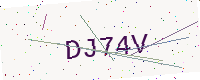
Text: DJ74V